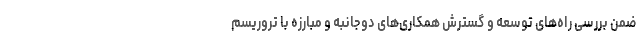
ضمن بررسی راه‌های توسعه و گسترش همکاری‌های دوجانبه و مبارزه با تروریسم